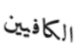
الكافيين